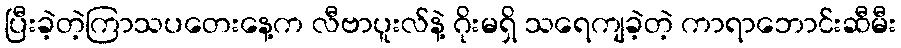
ပြီးခဲ့တဲ့ကြာသပတေးနေ့က လီဗာပူးလ်နဲ့ ဂိုးမရှိ သရေကျခဲ့တဲ့ ကာရာဘောင်းဆီမီး